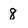
Character: 8